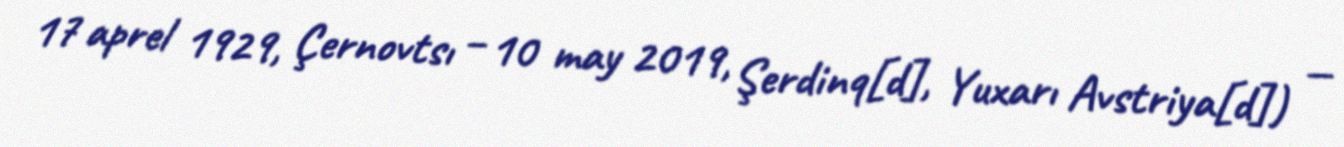
17 aprel 1929, Çernovtsı – 10 may 2019, Şerdinq[d], Yuxarı Avstriya[d]) —